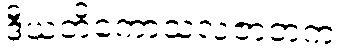
ဒီယတိကောသလဇာတက